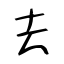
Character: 去